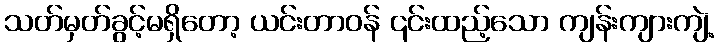
သတ်မှတ်ခွင့်မရှိတော့ ယင်းတာဝန် ၎င်းထည့်သော ကျန်းကျားကျဲ့